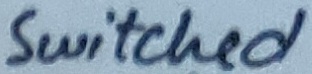
Text: Switched